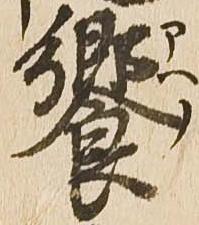
饗